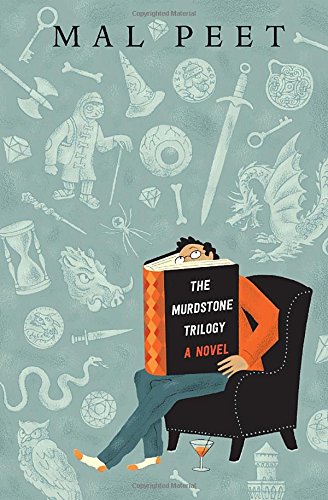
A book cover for The Murdstone Trilogy; Mal Peet; Science Fiction & Fantasy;